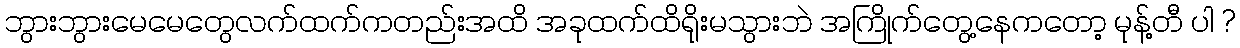
ဘွားဘွားမေမေတွေလက်ထက်ကတည်းအထိ အခုထက်ထိရိုးမသွားဘဲ အကြိုက်တွေ့နေကတော့ မုန့်တီ ပါ ?